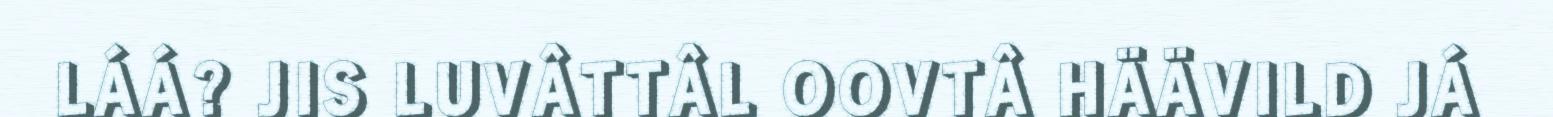
LÁÁ? JIS LUVÂTTÂL OOVTÂ HÄÄVILD JÁ